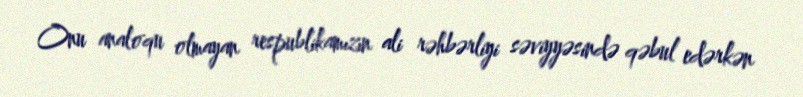
Onu analoqu olmayan respublikamızın ali rəhbərliyi səviyyəsində qəbul edərkən